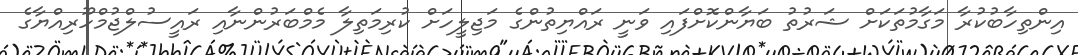
އިންތިހާބުކުރާ މަގާމުތަކަށް ޝަރުތު ބަޔާންކޮށްފައި ވަނީ ރައްޔިތުންގެ މަޖިލީހަށް ކުރިމަތިލާ މެމްބަރުންނާއި ރައީސުލްޖުމްހޫރިއްޔާގެ